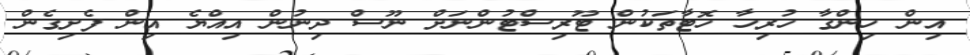
އިން ހިންގާ ހުރިހާ ހޮޓާތަކުން ޓޫރިސްޓުންނަށް ނޫސް ދިނުން އިއްޔެ އިން ފެށިގެން